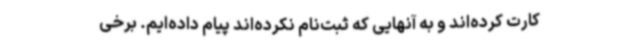
کارت کرده‌اند و به آنهایی که ثبت‌نام نکرده‌اند پیام داده‌ایم. برخی